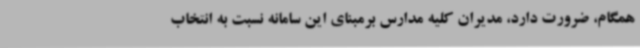
همگام، ضرورت دارد، مدیران کلیه مدارس برمبنای این سامانه نسبت به انتخاب